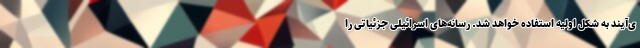
ی‌آیند به شکل اولیه استفاده خواهد شد. رسانه‌های اسرائیلی جزئیاتی را